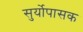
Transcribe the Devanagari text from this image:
सुर्योपासक